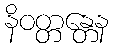
နိဝတ္တန္တေန